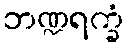
ဘဏ္ဍရက္ခံ